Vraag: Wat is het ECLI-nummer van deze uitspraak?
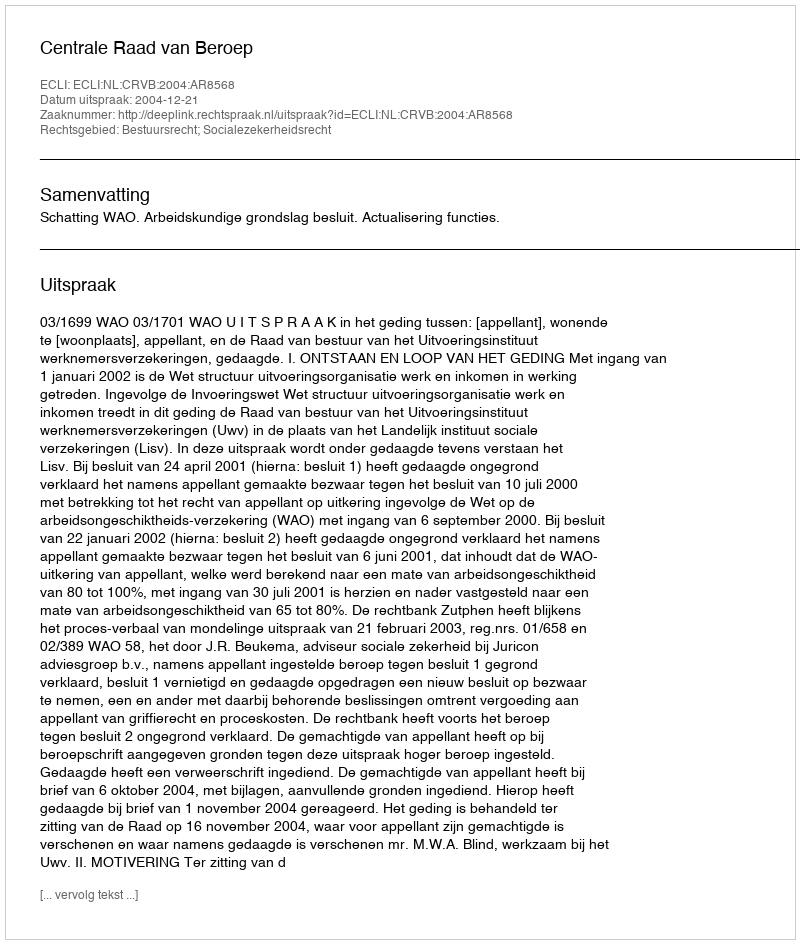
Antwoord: ECLI:NL:CRVB:2004:AR8568